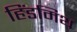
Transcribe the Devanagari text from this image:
हिंडमिथ